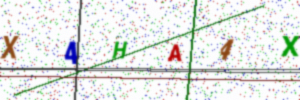
Text: X4HA4X